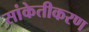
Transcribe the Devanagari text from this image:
सांकेतीकरण